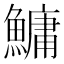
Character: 鱅